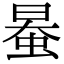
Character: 𧋯